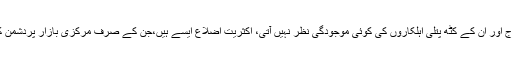
ان میں درجنوں اضلاع مکمل طور پر مجاہدین کے قبضے میں ہیں،جہاں استعماری افواج اور ان کے کٹھ پتلی اہلکاروں کی کوئی موجودگی نظر نہیں آتی، اکثریت اضلاع ایسے ہیں،جن کے صرف مرکزی بازار پردشمن کا قبضہ ہے اور اس کے علاوہ تمام بندوبستی علاقے اور راستے مجاہدین کے پاس ہے۔